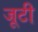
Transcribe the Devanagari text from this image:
जूटी